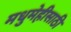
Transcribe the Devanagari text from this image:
मधुमेहीसाठी